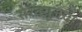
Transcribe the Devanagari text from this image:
सेरॅक्यूजचा